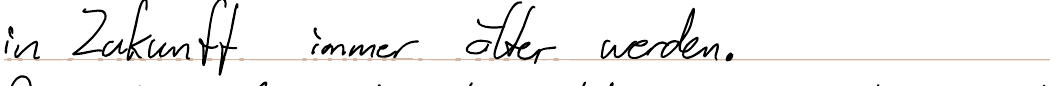
in Zukunft immer älter werden.